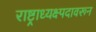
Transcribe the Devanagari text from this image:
राष्ट्राध्यक्ष्पदावरून